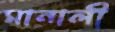
মানালী